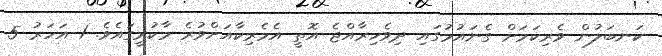
ކަނބަލުން ވެރިކަމަށް ގެނައުމުގައި ދިވެހިރާއްޖެ އޮތީ އެމެރިކާއަށްވުރެ މާކުރީގައެވެ. 1 އަހަރު 5